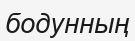
бодунның